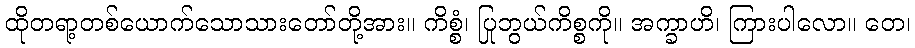
ထိုတရာ့တစ်ယောက်သောသားတော်တို့အား။ ကိစ္စံ၊ ပြုဘွယ်ကိစ္စကို။ အက္ခာဟိ၊ ကြားပါလော။ တေ၊